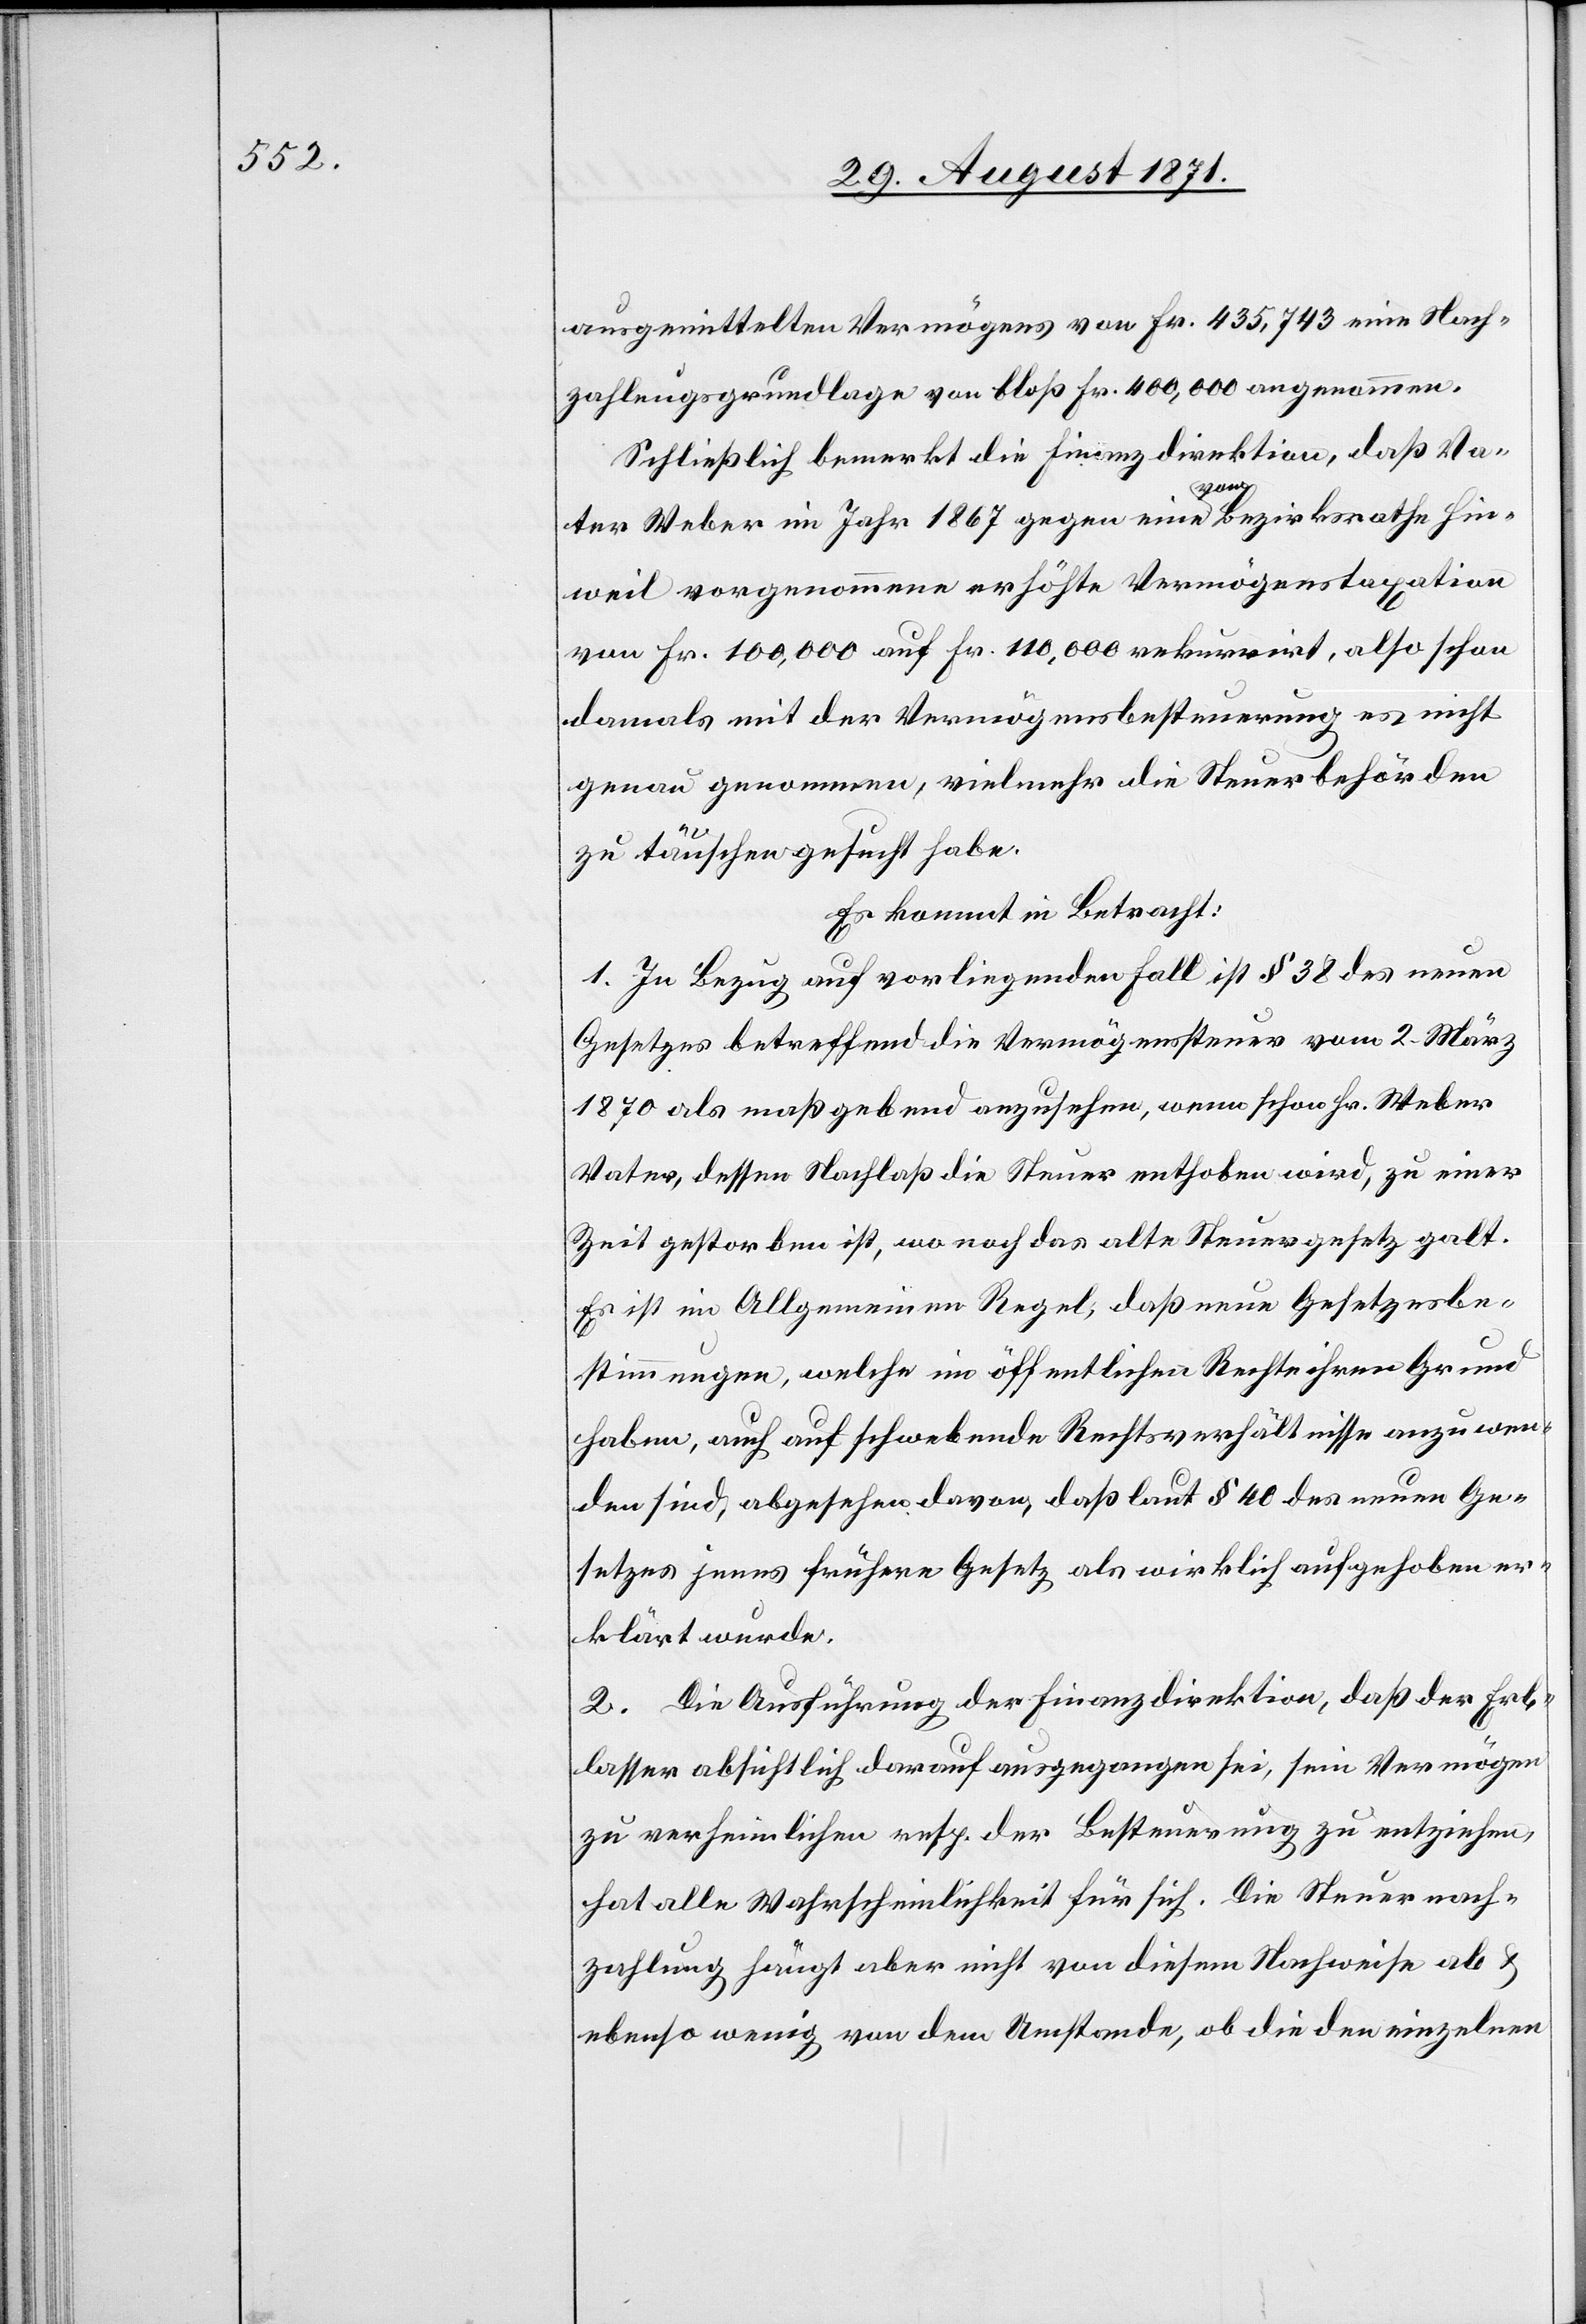
ausgemittelten Vermögens von Fr. 435,743 eine Nach¬
zahlungsgrundlage von bloß Fr. 400,000 angenommen.
Schließlich bemerkt die Finanzdirektion, daß Va¬
ter Weber im Jahr 1867 gegen eine vom Bezirksrathe Hin¬
weil vorgenommene erhöhte Vermögenstaxation
von Fr. 100,000 auf Fr. 110,000 rekurrirt, also schon
damals mit der Vermögensbesteuerung es nicht
genau genommen, vielmehr die Steuerbehörden
zu täuschen gesucht habe.
Es kommt in Betracht:
1. In Bezug auf vorliegenden Fall ist § 38 des neuen
Gesetzes betreffend die Vermögenssteuer vom 2. März
1870 als maßgebend anzusehen, wenn schon Hr. Webers
Vater, dessen Nachlaß die Steuer enthoben wird, zu einer
Zeit gestorben ist, wo noch das alte Steuergesetz galt.
Es ist im Allgemeinen Regel, daß neue Gesetzesbe¬
stimmungen, welche im öffentlichen Rechte ihren Grund
haben, auch auf schwebende Rechtsverhältnisse anzuwen¬
den sind, abgesehen davon, daß laut § 40 des neuen Ge¬
setzes jenes frühere Gesetz als wirklich aufgehoben er¬
klärt wurde.
2. Die Ausführung der Finanzdirektion, daß der Erb¬
lasser absichtlich darauf ausgegangen sei, sein Vermögen
zu verheimlichen resp. der Besteuerung zu entziehen,
hat alle Wahrscheinlichkeit für sich. Die Steuernach¬
zahlung hängt aber nicht von diesem Nachweise ab &
ebenso wenig von dem Umstande, ob die den einzelnen